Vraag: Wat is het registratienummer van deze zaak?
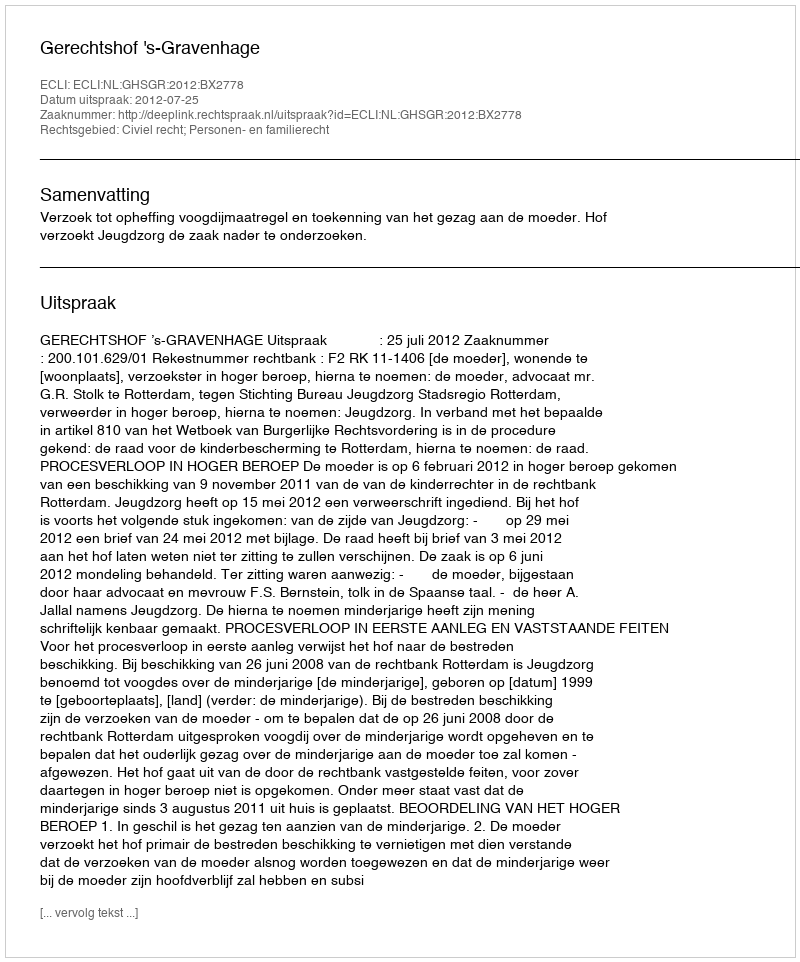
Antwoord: http://deeplink.rechtspraak.nl/uitspraak?id=ECLI:NL:GHSGR:2012:BX2778